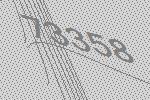
73358